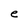
Character: e